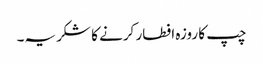
چپ کا روزہ افطار کرنے کا شکریہ۔